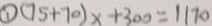
\textcircled { 1 } ( 7 5 + 7 0 ) x + 3 0 0 = 1 1 7 0